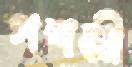
পশমী